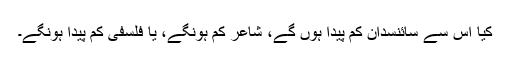
کیا اس سے سائنسدان کم پیدا ہوں گے، شاعر کم ہونگے، یا فلسفی کم پیدا ہونگے۔